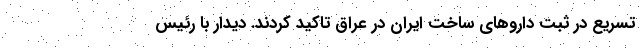
تسریع در ثبت داروهای ساخت ایران در عراق تاکید کردند. دیدار با رئیس